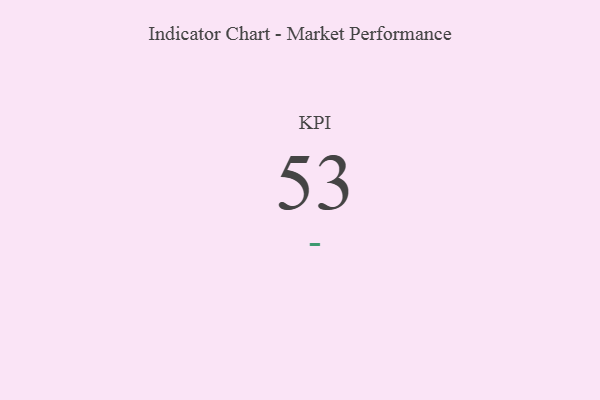
{"axis": {"x": "KPI", "y": "Value"}, "legend": [""], "data": [{"x": "KPI", "y": 53, "type": ""}]}